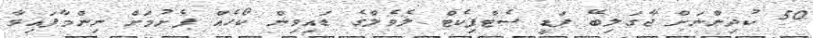
50 ކުދިންނަށް ޖާގަލިބޭ ޕަޑީ ސެޓްފިކެޓް ލެވެލްގެ ޑައިވިން ކޯހެއް ފެށުމަށް ނިންމާފައިވާ